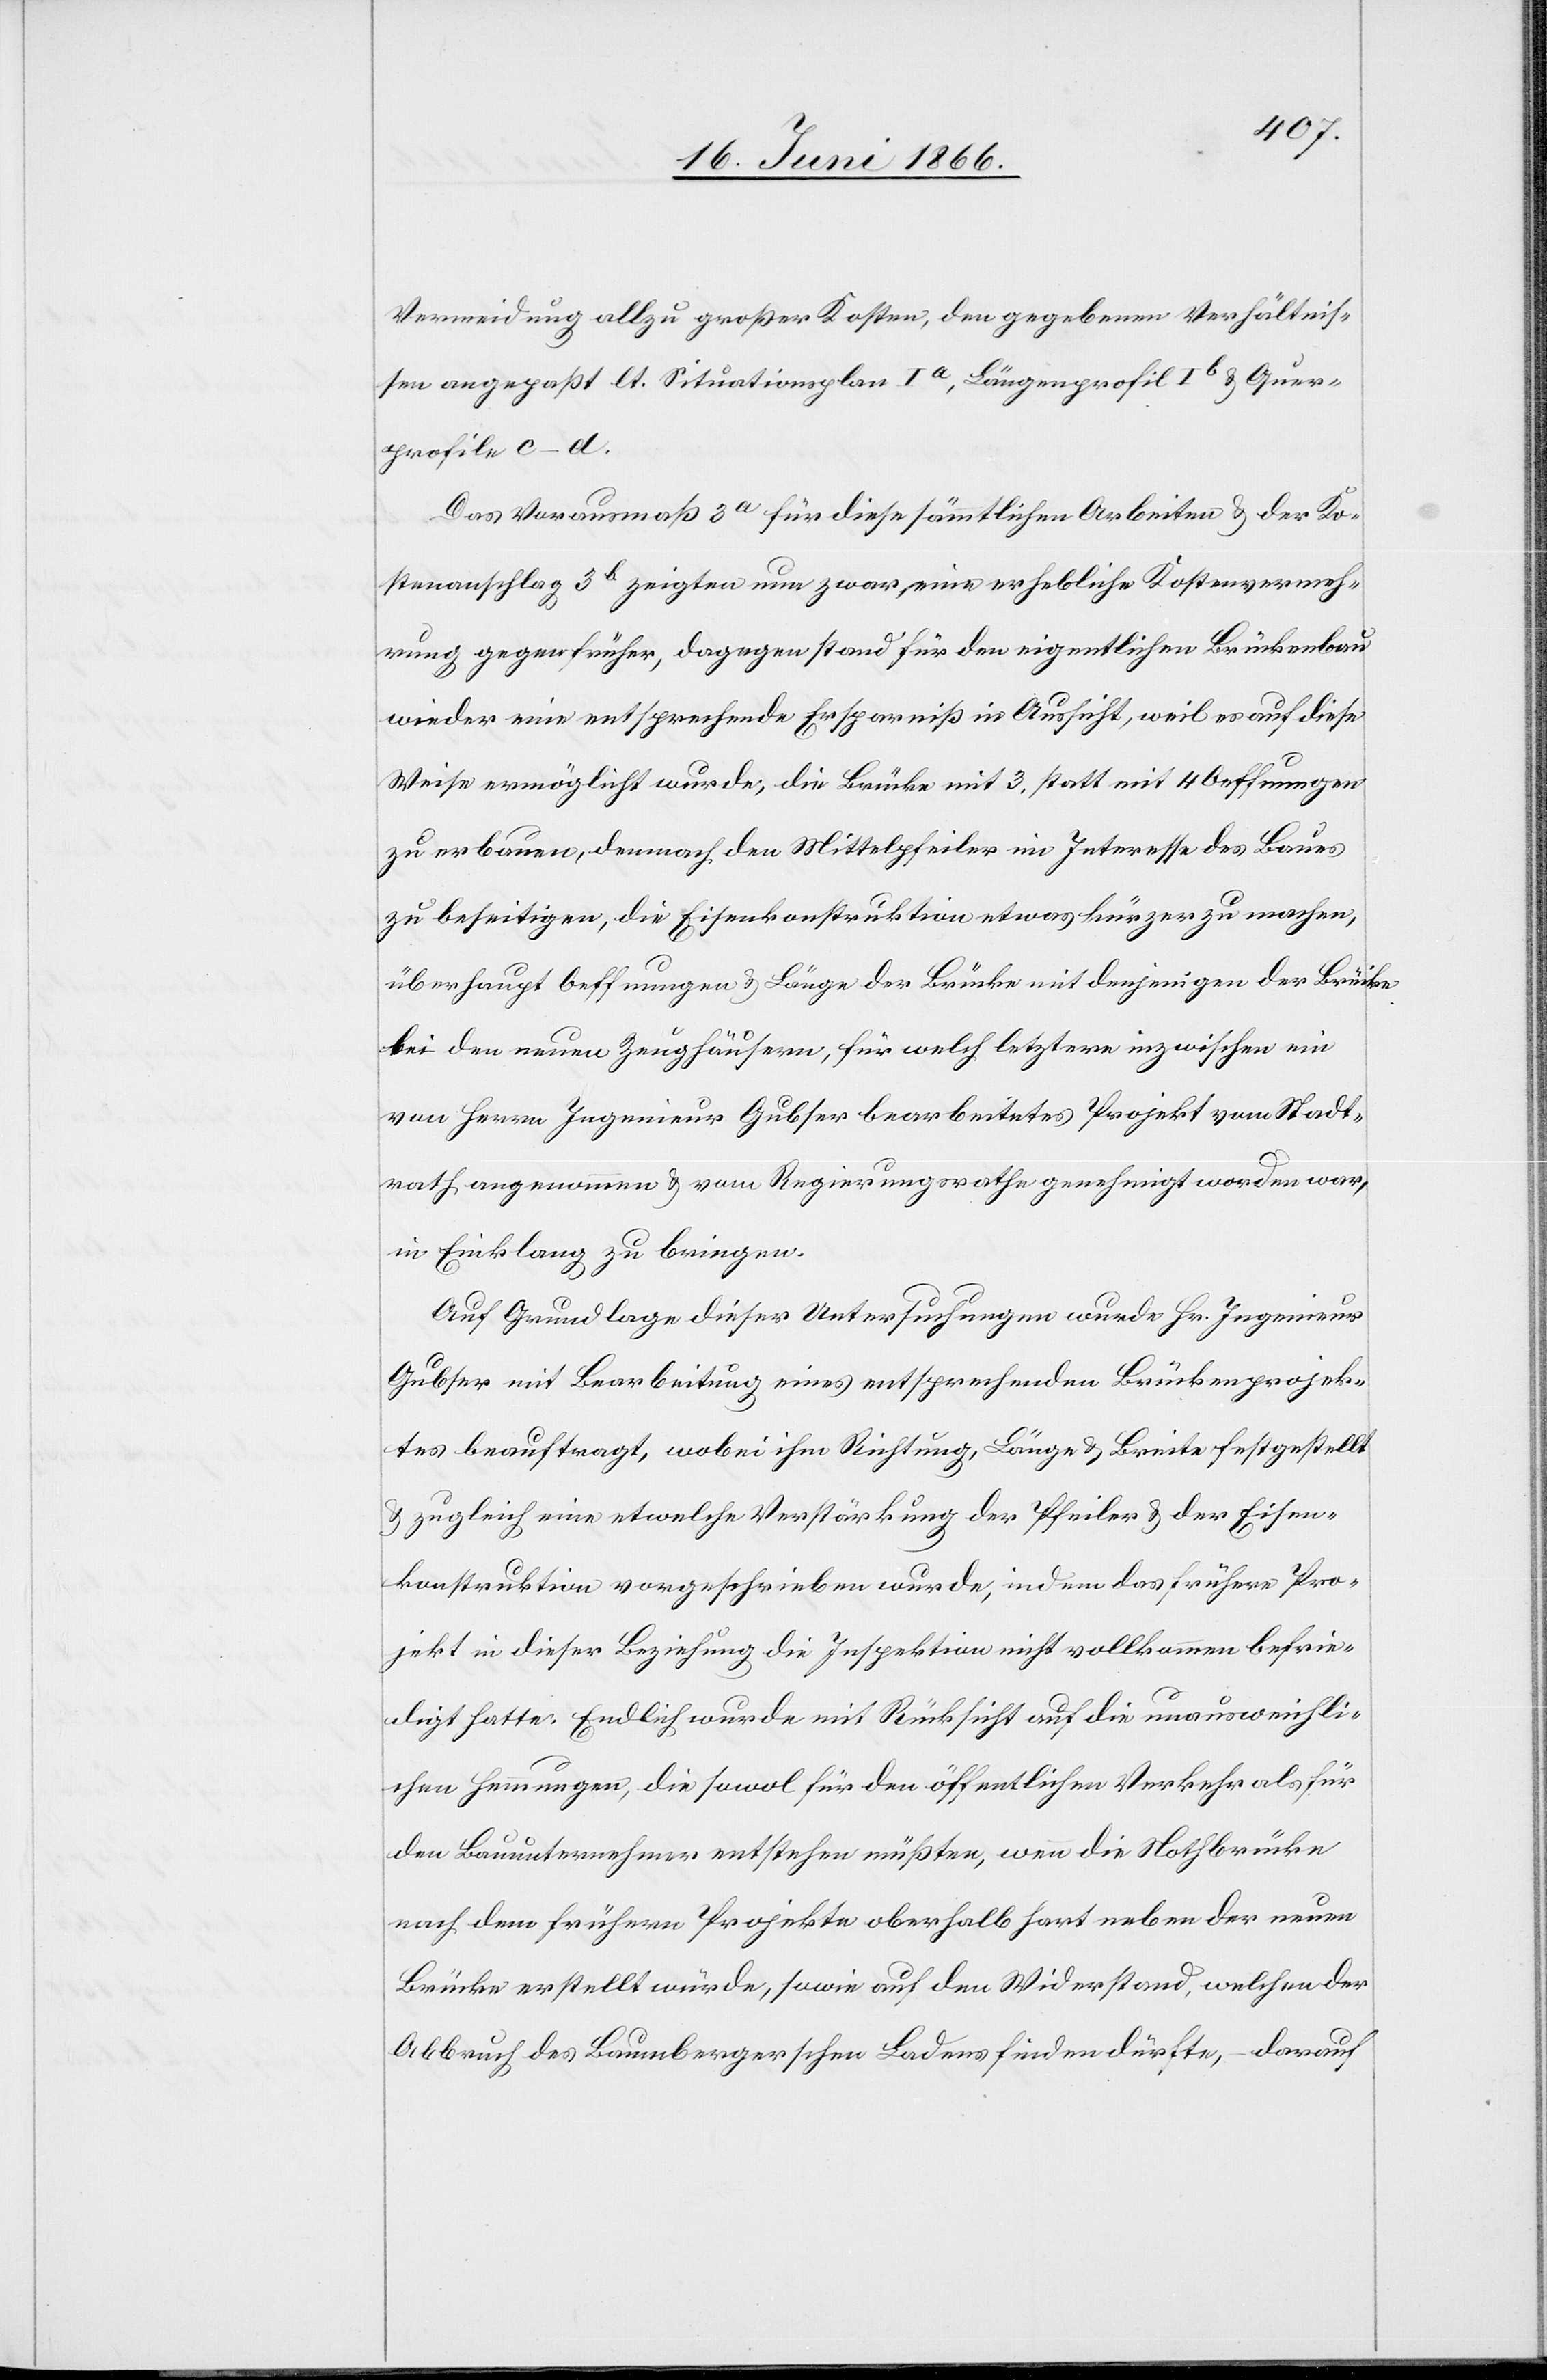
Vermeidung allzu großer Kosten, den gegebenen Verhältnis¬
sen angepaßt lt. Situationsplan Ia, Längenprofil Ib u. Quer¬
profile c-d.
Das Vorausmaß 3a für diese sämmtlichen Arbeiten u. der Ko¬
stenanschlag 3b zeigten nun zwar eine erhebliche Kostenvermeh¬
rung gegen früher, dagegen stand für den eigentlichen Brückenbau
wieder eine entsprechende Ersparniß in Aussicht, weil es auf diese
Weise ermöglicht wurde, die Brücke mit 3. statt mit 4 Oeffnungen
zu erbauen, demnach den Mittelpfeiler im Interesse des Baues
zu beseitigen, die Eisenkonstruktion etwas kürzer zu machen,
überhaupt Oeffnungen u. Länge der Brücke mit denjenigen der Brücke
bei den neuen Zeughäusern, für welch letztere inzwischen ein
von Herrn Ingenieur Gubser bearbeitetes Projekt vom Stadt¬
rath angenommen u. vom Regierungsrathe genehmigt worden war,
in Einklang zu bringen.
Auf Grundlage dieser Untersuchungen wurde Hr. Ingenieur
Gubser mit Bearbeitung eines entsprechenden Brückenprojek¬
tes beauftragt, wobei ihm Richtung, Länge u. Breite festgestellt
u. zugleich eine etwelche Verstärkung der Pfeiler u. der Eisen¬
konstruktion vorgeschrieben wurde, indem das frühere Pro¬
jekt in dieser Beziehung die Inspektion nicht vollkommen befrie¬
digt hatte. Endliche wurde mit Rücksicht auf die unausweichli¬
chen Hemmungen, die sowol für den öffentlichen Verkehr als für
den Bauunternehmer entstehen müßten, wenn die Nothbrücke
nach dem frühern Projekte oberhalb hart neben der neuen
Brücke erstellt würde, sowie auf den Widerstand, welchen der
Abbruch des Baumbergerschen Ladens finden dürfte, – darauf